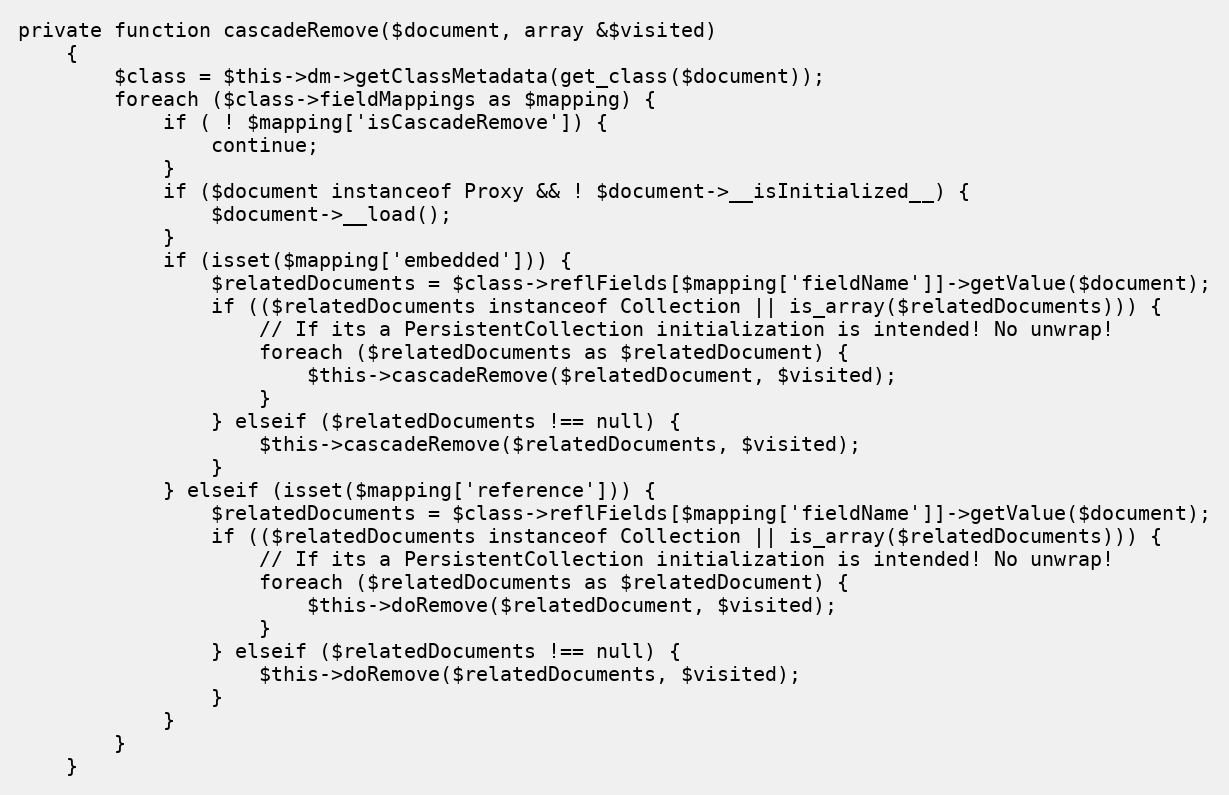
Language: PHP
private function cascadeRemove($document, array &$visited)
    {
        $class = $this->dm->getClassMetadata(get_class($document));
        foreach ($class->fieldMappings as $mapping) {
            if ( ! $mapping['isCascadeRemove']) {
                continue;
            }
            if ($document instanceof Proxy && ! $document->__isInitialized__) {
                $document->__load();
            }
            if (isset($mapping['embedded'])) {
                $relatedDocuments = $class->reflFields[$mapping['fieldName']]->getValue($document);
                if (($relatedDocuments instanceof Collection || is_array($relatedDocuments))) {
                    // If its a PersistentCollection initialization is intended! No unwrap!
                    foreach ($relatedDocuments as $relatedDocument) {
                        $this->cascadeRemove($relatedDocument, $visited);
                    }
                } elseif ($relatedDocuments !== null) {
                    $this->cascadeRemove($relatedDocuments, $visited);
                }
            } elseif (isset($mapping['reference'])) {
                $relatedDocuments = $class->reflFields[$mapping['fieldName']]->getValue($document);
                if (($relatedDocuments instanceof Collection || is_array($relatedDocuments))) {
                    // If its a PersistentCollection initialization is intended! No unwrap!
                    foreach ($relatedDocuments as $relatedDocument) {
                        $this->doRemove($relatedDocument, $visited);
                    }
                } elseif ($relatedDocuments !== null) {
                    $this->doRemove($relatedDocuments, $visited);
                }
            }
        }
    }